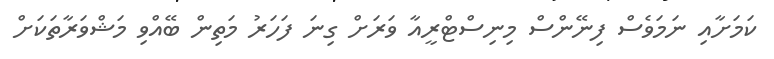
ކަމަށާއި ނަމަވެސް ފިނޭންސް މިނިސްޓްރީއާ ވަރަށް ގިނަ ފަހަރު މަތިން ބޭއްވި މަޝްވަރާތަކަށް